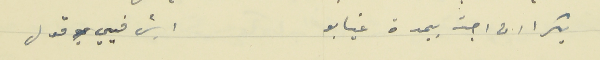
بكرا ان اجت بيمدة غيابو                       ايش فيي قول